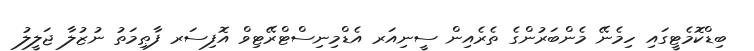
ބިޑްކޮމެޓީގައި ހިމެނޭ މެންބަރުންގެ ތެރެއިން ސީނިއަރ އެޑްމިނިސްޓްރޭޓިވް އޮފިސަރ ފާޠިމަތު ނުޒުލާ ޖަލީލު